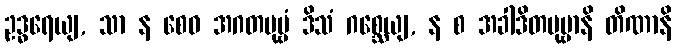
ဥဒ္ဓရေယျ, သာ န စေဝ အဂတပုဗ္ဗံ ဒိသံ ဂစ္ဆေယျ, န စ အခါဒိတပုဗ္ဗာနိ တိဏာနိ